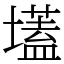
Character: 壒